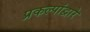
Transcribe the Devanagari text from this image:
प्रकल्पांद्वारे